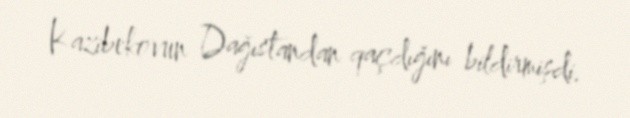
Kazibekovun Dağıstandan qaçdığını bildirmişdi.